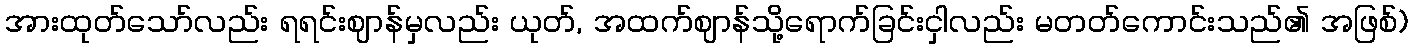
အားထုတ်သော်လည်း ရရင်းဈာန်မှလည်း ယုတ်, အထက်ဈာန်သို့ရောက်ခြင်းငှါလည်း မတတ်ကောင်းသည်၏ အဖြစ်)